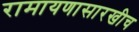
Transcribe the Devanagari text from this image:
रामायणासारखीच